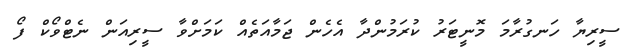
ސީރިޔާ ހަނގުރާމަ މޮނީޓަރު ކުރަމުންދާ އެހެން ޖަމާއަތެއް ކަމަށްވާ ސީރިއަން ނެޓްވޯކް ފޯ